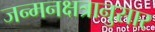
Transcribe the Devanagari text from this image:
जन्मनक्षत्रानुसार